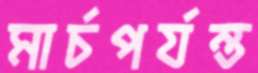
মার্চপর্যন্ত